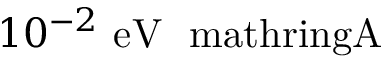
1 0 ^ { - 2 } \ \mathrm { e V \ \ m a t h r i n g { A } }